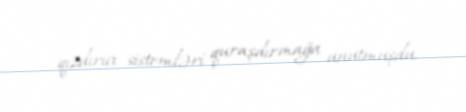
qızdırıcı sistemləri quraşdırmağa unutmuşdu.